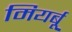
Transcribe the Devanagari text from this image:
मियर्बू